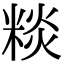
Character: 䊏